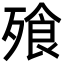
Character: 飱